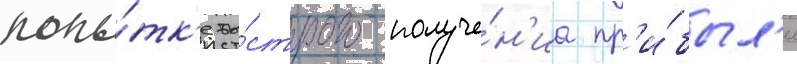
попы́тк'е бы́строго получе́н'иа пр'и́был'и